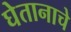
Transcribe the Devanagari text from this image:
घेतानाचे